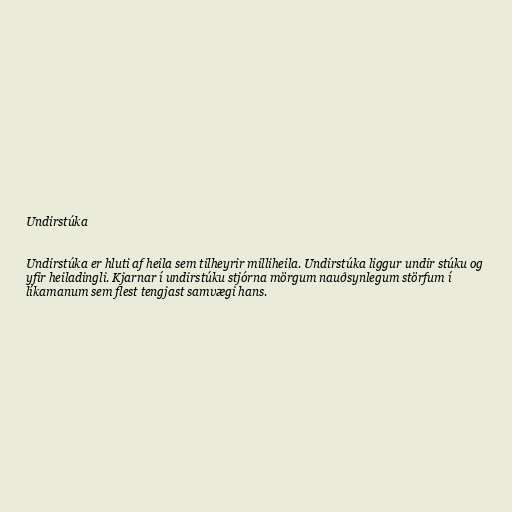
Undirstúka

Undirstúka er hluti af heila sem tilheyrir milliheila. Undirstúka liggur undir stúku og
yfir heiladingli. Kjarnar í undirstúku stjórna mörgum nauðsynlegum störfum í
líkamanum sem flest tengjast samvægi hans.